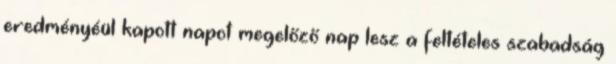
eredményéül kapott napot megelőző nap lesz a feltételes szabadság